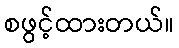
စဖွင့်ထားတယ်။